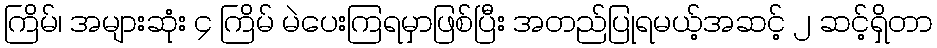
ကြိမ်၊ အများဆုံး ၄ ကြိမ် မဲပေးကြရမှာဖြစ်ပြီး အတည်ပြုရမယ့်အဆင့် ၂ ဆင့်ရှိတာ